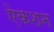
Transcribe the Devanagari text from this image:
ऐकशन